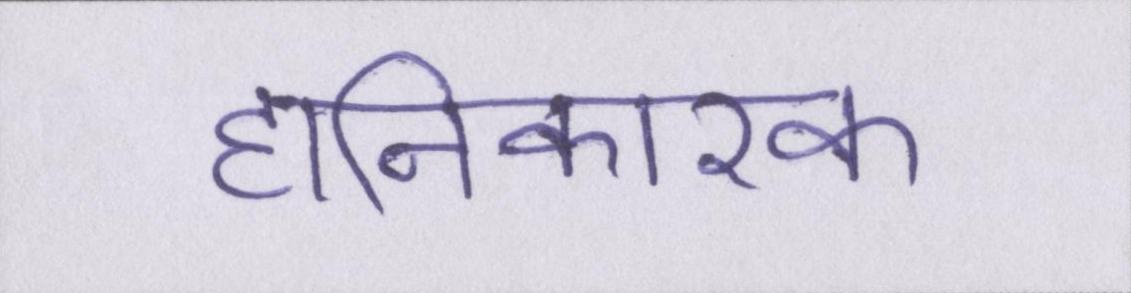
हानिकारक